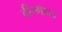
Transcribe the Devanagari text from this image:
वीरगावचे